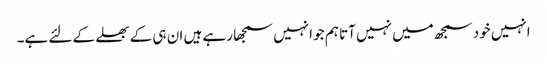
انہیں خود سمجھ میں نہیں آتا ہم جو انہیں سمجھا رہے ہیں ان ہی کے بھلے کے لئے ہے۔